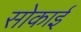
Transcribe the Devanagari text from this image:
सोकाई